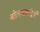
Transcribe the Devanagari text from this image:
बोलभाषांद्वारे